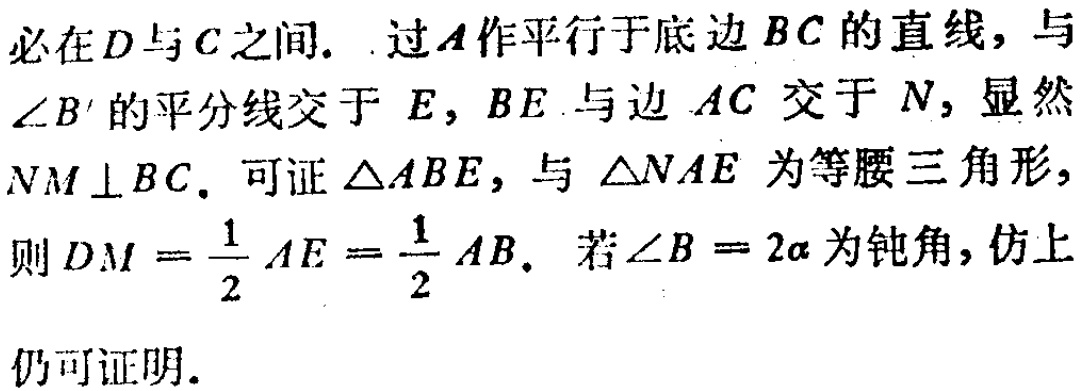
必在\(D\)与\(C\)之间. .过\(A\)作平行于底边\(BC\)的直线，与\(\angle B'\)的平分线交于 \(E\)，\(BE\)与边 \(AC\) 交于 \(N\)，显然 \(NM\perp BC\). 可证\(\triangle ABE\)，与\(\triangle NAE\) 为等腰三角形，则 \(DM = \frac{1}{2}AE = \frac{1}{2}AB\). 若\(\angle B = 2\alpha\)为钝角，仿上仍可证明.